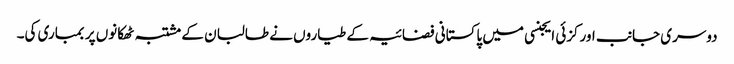
دوسری جانب اورکزئی ایجنسی میں پاکستانی فضائیہ کے طیاروں نے طالبان کے مشتبہ ٹھکانوں پر بمباری کی۔